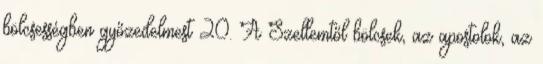
bölcsességben győzedelmest 20. A Szellemtől bölcsek, az apostolok, az